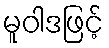
မူဝါဒဖြင့်